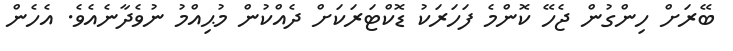
ބޭރަށް ހިންގުން ޖެހޭ ކޮންމެ ފަހަރަކު ޑޮކްޓަރަކަށް ދެއްކުން މުޙިއްމު ނުވެދާނެއެވެ. އެހެން